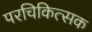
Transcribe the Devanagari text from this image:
परचिकित्सक